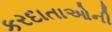
કરદાતાઓની